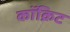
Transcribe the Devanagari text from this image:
कॉक्रिट